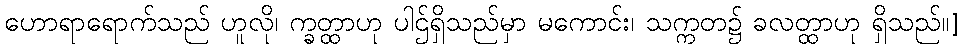
ဟောရာရောက်သည် ဟူလို၊ က္ခတ္ထာဟု ပါဌ်ရှိသည်မှာ မကောင်း၊ သက္ကတ၌ ခလတ္ထာဟု ရှိသည်။]